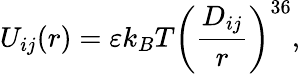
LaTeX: U_{ij}(r)=\varepsilon k_{B}T\left(\frac{D_{ij}}{r}\right)^{36},